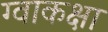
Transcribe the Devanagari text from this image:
ग्वाकक्षा